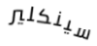
سينكلير